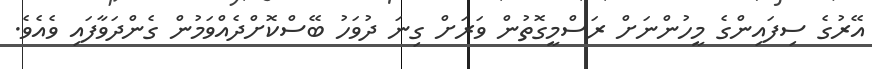
އޭރުގެ ސިފައިންގެ މީހުންނަށް ރަސްމީގޮތުން ވަރަށް ގިނަ ދުވަހު ބޭސްކޮށްދެއްވަމުން ގެންދަވާފައި ވެއެވެ.